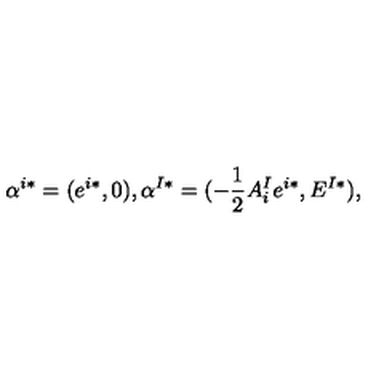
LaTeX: \alpha ^ { i * } = ( e ^ { i * } , 0 ) , \alpha ^ { I * } = ( - { \frac { 1 } { 2 } } A _ { i } ^ { I } e ^ { i * } , E ^ { I * } ) ,